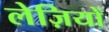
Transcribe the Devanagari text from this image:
लेज़ियों